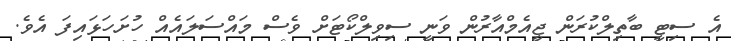
އެ ސިޓީ ބާތިލްކުރަން ޖީއެމްއާރުން ވަނީ ސިވިލްކޯޓަށް ވެސް މައްސަލައެއް ހުށަހަޅައިފަ އެވެ.